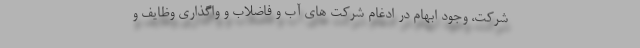
شرکت، وجود ابهام در ادغام شرکت های آب و فاضلاب و واگذاری وظایف و